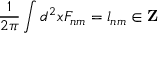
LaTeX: \frac 1 { 2 \pi } \int d ^ { 2 } x F _ { n m } = l _ { n m } \in { \bf Z }